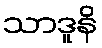
သာဒူနိ